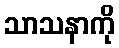
သာသနာကို